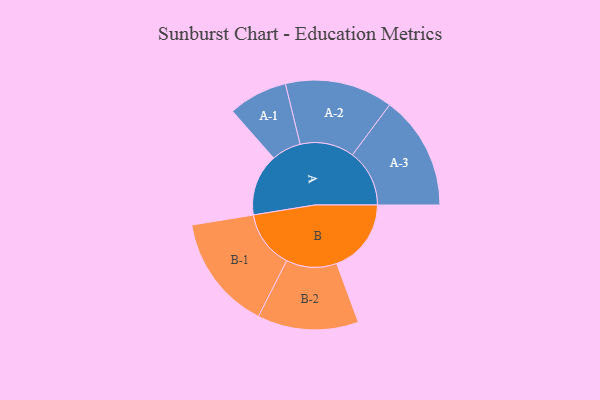
{"axis": {"x": "Segment", "y": "Value"}, "legend": ["", "A", "B"], "data": [{"x": "A", "y": 304, "type": ""}, {"x": "B", "y": 366, "type": ""}, {"x": "A-1", "y": 145, "type": "A"}, {"x": "A-2", "y": 265, "type": "A"}, {"x": "A-3", "y": 280, "type": "A"}, {"x": "B-1", "y": 283, "type": "B"}, {"x": "B-2", "y": 248, "type": "B"}]}